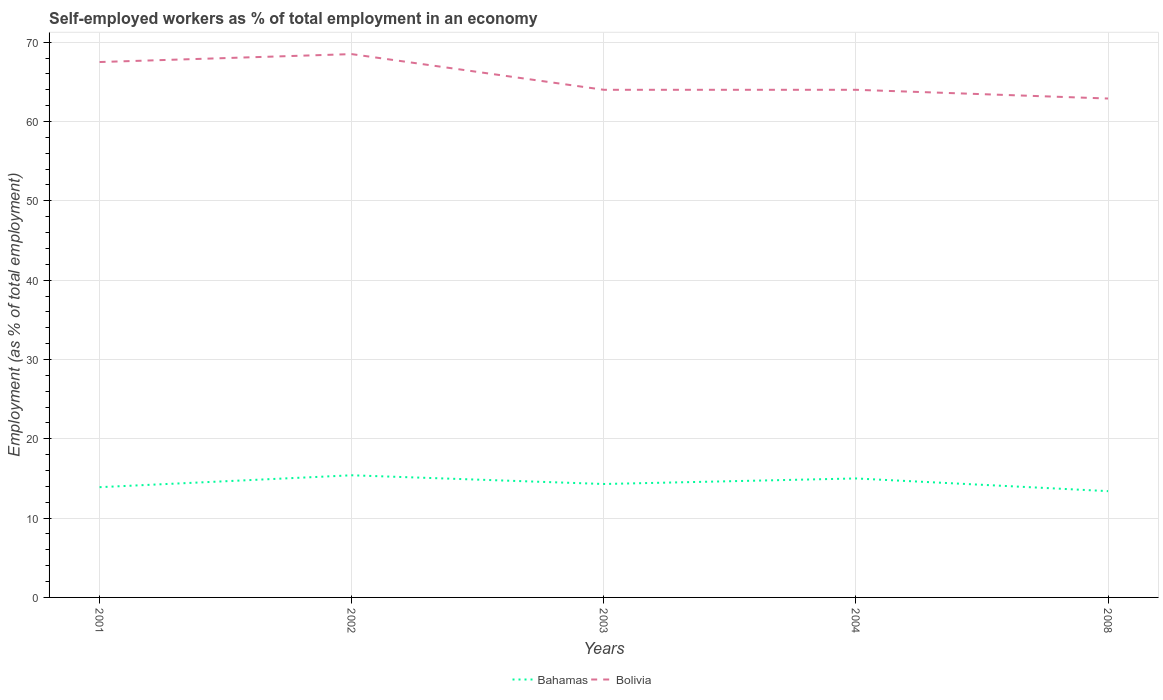
| Years | Bahamas | Bolivia |
 | --- | --- | --- |
 | 2001 | 13.9 | 67.5 |
 | 2002 | 15.4 | 68.5 |
 | 2003 | 14.3 | 64 |
 | 2004 | 15 | 64 |
 | 2008 | 13.4 | 62.9 |